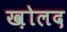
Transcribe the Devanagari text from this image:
ख़ोलद